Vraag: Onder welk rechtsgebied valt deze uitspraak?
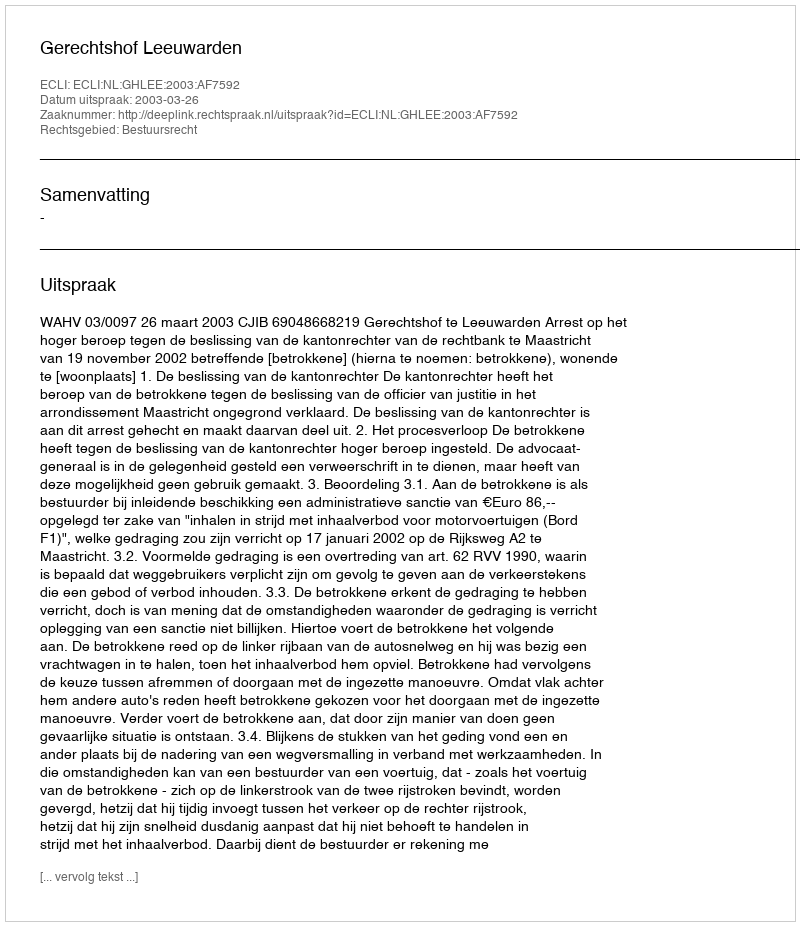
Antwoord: Bestuursrecht